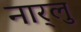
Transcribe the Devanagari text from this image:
नार्‍लु